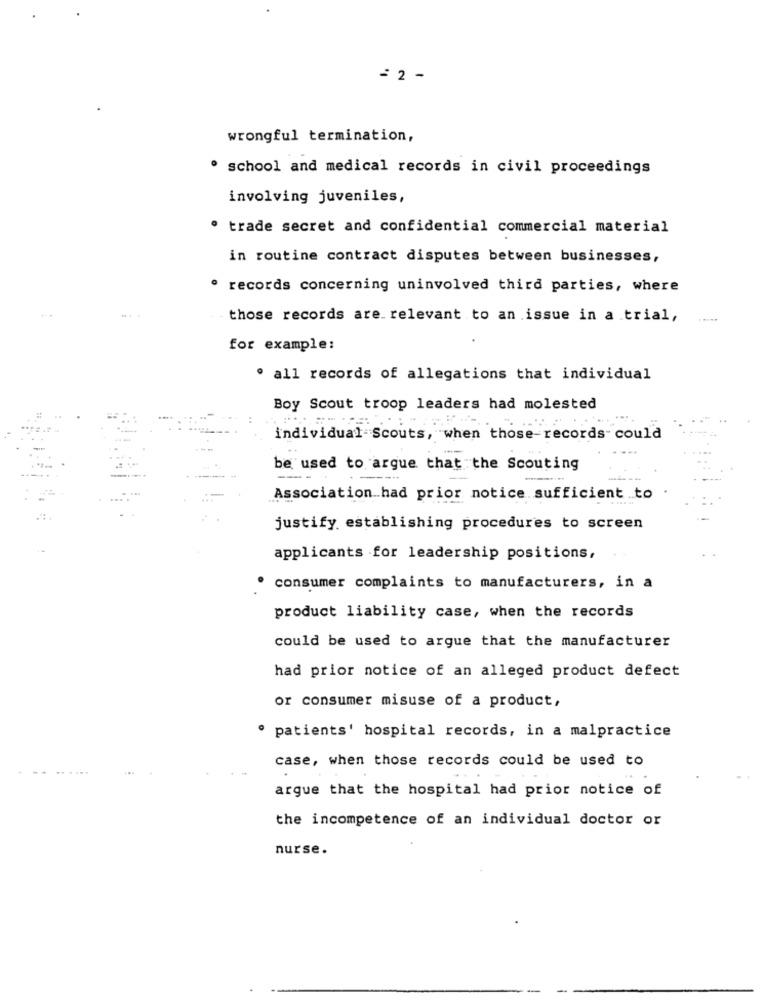
= 2 -
wrongful termination,
· school and medical records in civil proceedings
involving juveniles,
trade secret and confidential commercial material
in routine contract disputes between businesses,
· records concerning uninvolved third parties, where
those records are. relevant to an issue in a trial,
for example:
· all records of allegations that individual
Boy Scout troop leaders had molested
individual Scouts, when those records- could
be used to argue that the Scouting
Association had prior notice sufficient .to
justify. establishing procedures to screen
applicants for leadership positions,
consumer complaints to manufacturers, in a
product liability case, when the records
could be used to argue that the manufacturer
had prior notice of an alleged product defect
or consumer misuse of a product,
· patients' hospital records, in a malpractice
case, when those records could be used to
argue that the hospital had prior notice of
the incompetence of an individual doctor or
nurse.